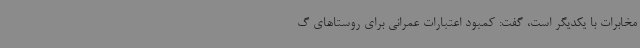
مخابرات با یکدیگر است، گفت: کمبود اعتبارات عمرانی برای روستاهای گ